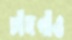
চাঁদগাঁও